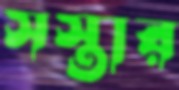
সস্তার